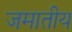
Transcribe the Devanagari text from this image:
जमातीय